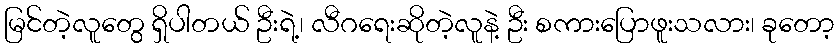
မြင်တဲ့လူတွေ ရှိပါတယ် ဦးရဲ့၊ လီဂရေးဆိုတဲ့လူနဲ့ ဦး စကားပြောဖူးသလား၊ ခုတော့